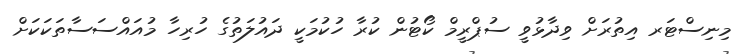
މިނިސްޓަރ އިތުރަށް ވިދާޅުވީ ސުޕްރީމް ކޯޓުން ކުރާ ހުކުމަކީ ދައުލަތުގެ ހުރިހާ މުއައްސަސާތަކަކަށް